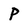
Character: p